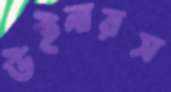
উইনারস